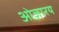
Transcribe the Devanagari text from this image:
ओज़ारय